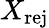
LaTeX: X_{\mathrm{rej}}